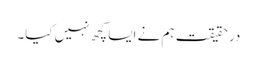
درحقیقت ہم نے ایسا کچھ نہیں کیا۔